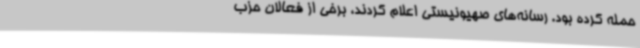
حمله کرده بود. رسانه‌های صهیونیستی اعلام کردند، برخی از فعالان حزب